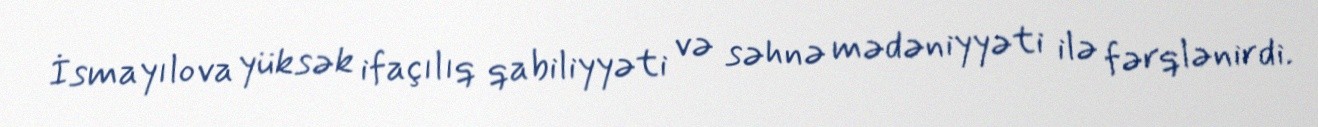
İsmayılova yüksək ifaçılıq qabiliyyəti və səhnə mədəniyyəti ilə fərqlənirdi.